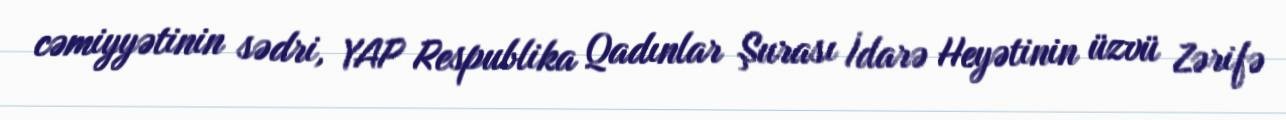
cəmiyyətinin sədri, YAP Respublika Qadınlar Şurası İdarə Heyətinin üzvü Zərifə